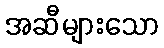
အဆီများသော